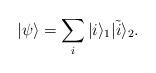
LaTeX: \begin{align*}|\psi\rangle = \sum_{i} |i\rangle_1 |\tilde{i}\rangle_2.\end{align*}